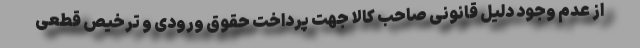
از عدم وجود دلیل قانونی صاحب کالا جهت پرداخت حقوق ورودی و ترخیص قطعی